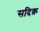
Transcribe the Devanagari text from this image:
सदिक़